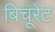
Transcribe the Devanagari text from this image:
बिचूरेट